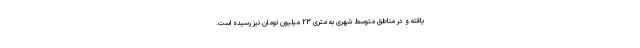
یافته و در مناطق متوسط شهری به متری ۲۳ میلیون تومان نیز رسیده است.